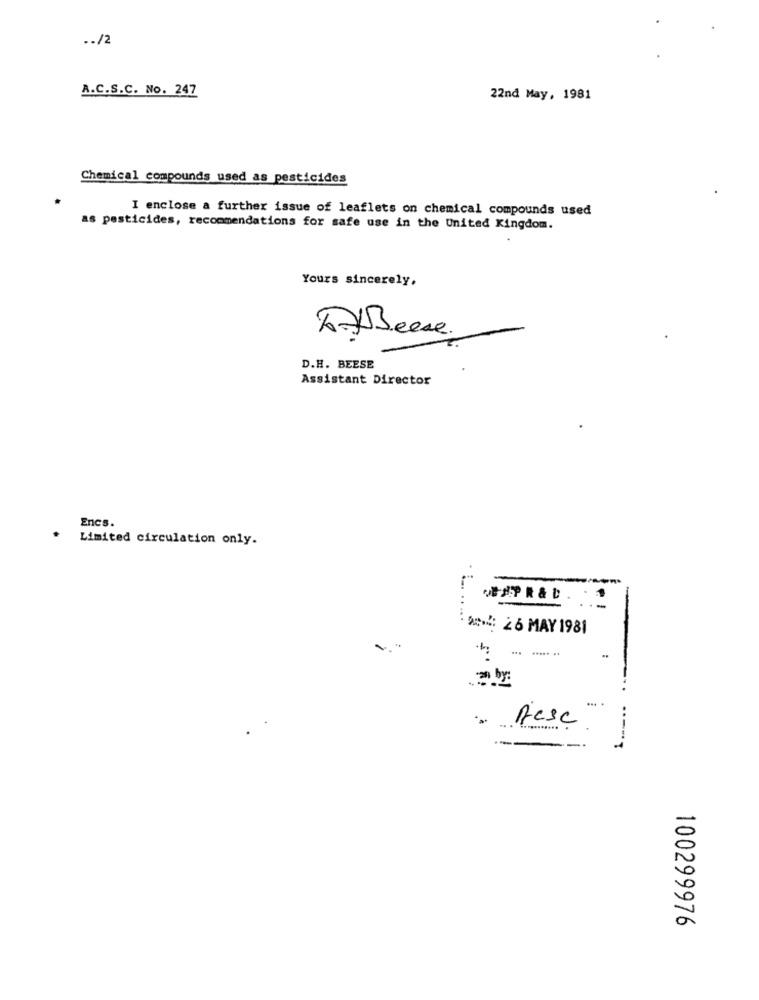
.. /2
A.C.S.C. No. 247
22nd May, 1981
Chemical compounds used as pesticides
I enclose a further issue of leaflets on chemical compounds used
as pesticides, recommendations for safe use in the United Kingdom.
Yours sincerely,
RXBeese.
D.H. BEESE
Assistant Director
Encs.
Limited circulation only.
... ..
-
:***: 2 6 MAY 1981
Rese
100299976